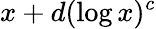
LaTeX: x+d(\log x)^{c}